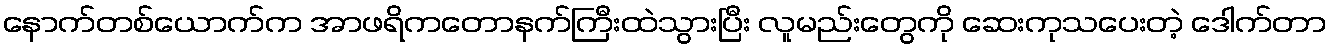
နောက်တစ်ယောက်က အာဖရိကတောနက်ကြီးထဲသွားပြီး လူမည်းတွေကို ဆေးကုသပေးတဲ့ ဒေါက်တာ